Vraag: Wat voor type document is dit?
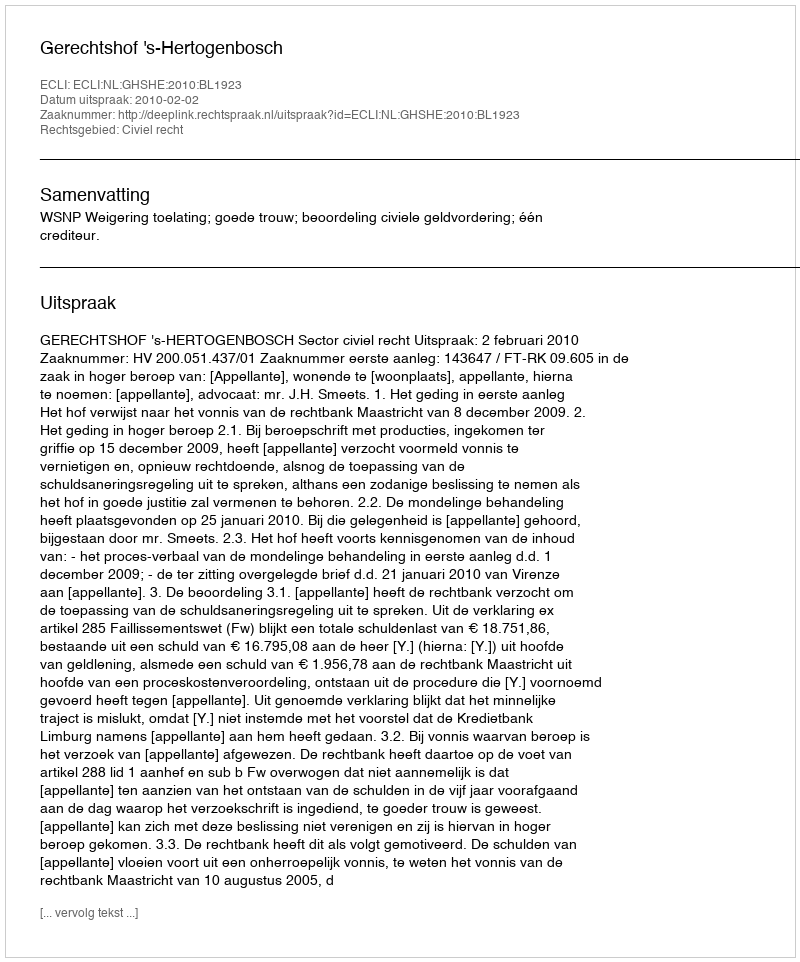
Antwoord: Uitspraak